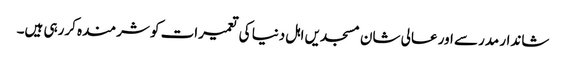
شاندار مدرسے اور عالی شان مسجدیں اہل دنیا کی تعمیرات کو شرمندہ کررہی ہیں۔